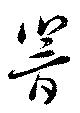
響